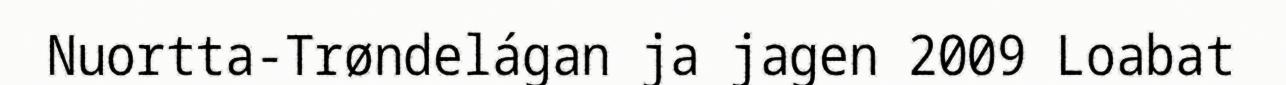
Nuortta-Trøndelágan ja jagen 2009 Loabat